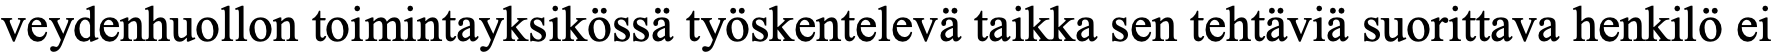
veydenhuollon toimintayksikössä työskentelevä taikka sen tehtäviä suorittava henkilö ei